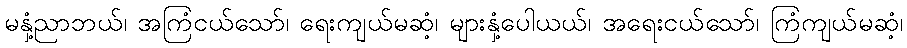
မနှံ့ညာဘယ်၊ အကြံငယ်သော်၊ ရေးကျယ်မဆံ့၊ များနှံ့ပေါယယ်၊ အရေးငယ်သော်၊ ကြံကျယ်မဆံ့၊